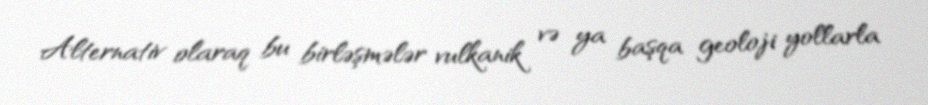
Alternativ olaraq bu birləşmələr vulkanik və ya başqa geoloji yollarla